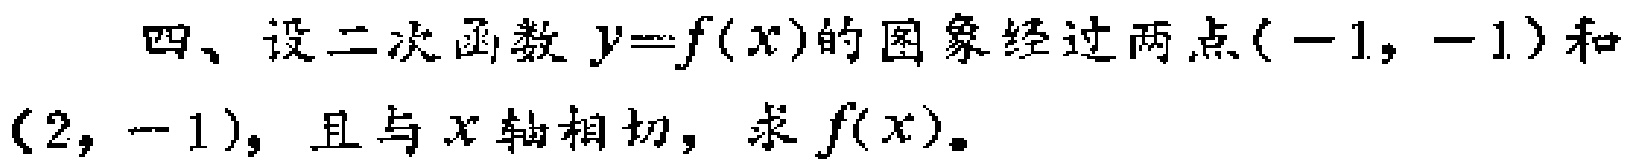
四、设二次函数\(y = f(x)\)的图象经过两点\((-1, -1)\)和\((2, -1)\)，且与\(x\)轴相切，求\(f(x)\)。